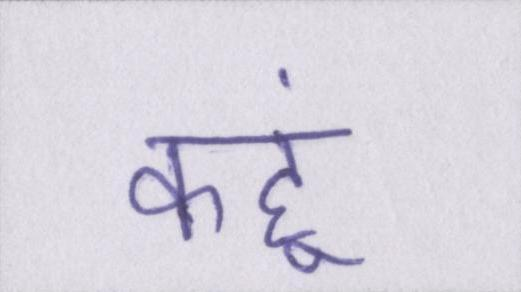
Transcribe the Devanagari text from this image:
कहूं